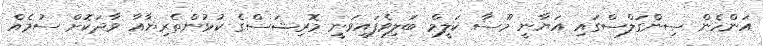
އަންހެން ސިންގަލްސްގައި އަޔާނީ މޫސާ ކަލީމް ބަލިވެފައިވަނީ މޮރިޝަސްގެ ކުޅުންތެރިޔާއާ ވާދަކޮށް ސުމެއް